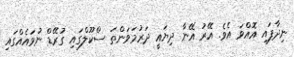
ނިދާފައި އޮއްވަ އެވެ. އޭރު އޭނާ ދިޔައީ ދަރުމަވަންތަ ސްކޫލްގައި ގުރޭޑް ނުވައެއްގައި